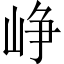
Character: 峥